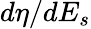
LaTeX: d\eta/dE_{s}